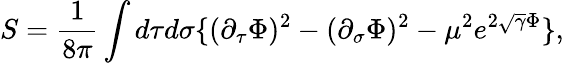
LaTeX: S={\frac{1}{8\pi}}\int d\tau d\sigma\{ (\partial_{\tau}\Phi)^{2}-(\partial_{\sigma}\Phi)^{2}-\mu^{2}e^{2\sqrt{\gamma}\Phi}\} ,